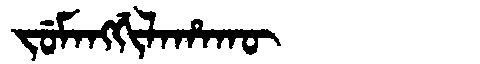
Manchu: ᠵᡠᠮᠠᠩᡤᡳᠯᠠᡥᠠᡴᡡ
Romanization: JUMANGGILAHAKŪ